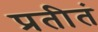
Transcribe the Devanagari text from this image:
प्रतीतं